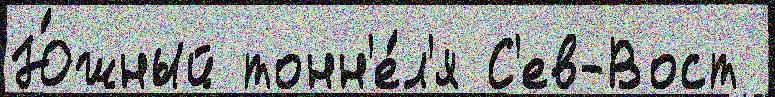
Ю́жный тонн'е́л'я С'ев-Вост